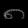
Digit: ၈